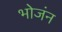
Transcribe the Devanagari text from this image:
भोजंन